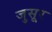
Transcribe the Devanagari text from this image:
जुसूर